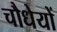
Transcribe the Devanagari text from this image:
चौधेयों